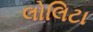
લોલિટા